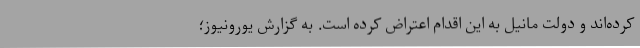
کرده‌اند و دولت مانیل به این اقدام اعتراض کرده است. به گزارش یورونیوز؛